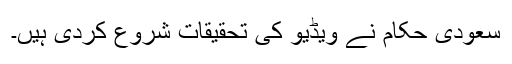
سعودی حکام نے ویڈیو کی تحقیقات شروع کردی ہیں۔